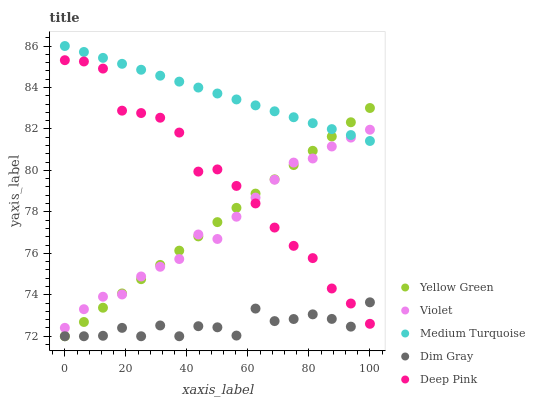
| xaxis_label | Yellow Green | Violet | Medium Turquoise | Dim Gray | Deep Pink |
 | --- | --- | --- | --- | --- | --- |
 | 0 | 72 | 72.4 | 86 | 72 | 85.3 |
 | 6.25 | 72.7 | 73.3 | 85.7 | 72 | 85.3 |
 | 12.5 | 73.4 | 73.9 | 85.4 | 72 | 84.9 |
 | 18.8 | 74.1 | 74 | 85.1 | 72.4 | 82.9 |
 | 25 | 74.8 | 74.9 | 84.9 | 72 | 82.8 |
 | 31.2 | 75.4 | 75.4 | 84.6 | 72.5 | 82.5 |
 | 37.5 | 76.1 | 75.7 | 84.3 | 72 | 81.8 |
 | 43.8 | 76.8 | 76.9 | 84 | 72.5 | 79.9 |
 | 50 | 77.5 | 76.7 | 83.7 | 72.4 | 80 |
 | 56.2 | 78.2 | 77.8 | 83.4 | 72 | 79.3 |
 | 62.5 | 78.9 | 78.7 | 83.1 | 73.3 | 78.4 |
 | 68.8 | 79.6 | 79.5 | 82.9 | 72.7 | 77.2 |
 | 75 | 80.3 | 80.4 | 82.6 | 72.8 | 76.4 |
 | 81.2 | 80.9 | 80.6 | 82.3 | 73.1 | 75.8 |
 | 87.5 | 81.6 | 81.2 | 82 | 72.8 | 74.3 |
 | 93.8 | 82.3 | 81.6 | 81.7 | 72.5 | 73.6 |
 | 100 | 83 | 82 | 81.4 | 73.6 | 72.6 |